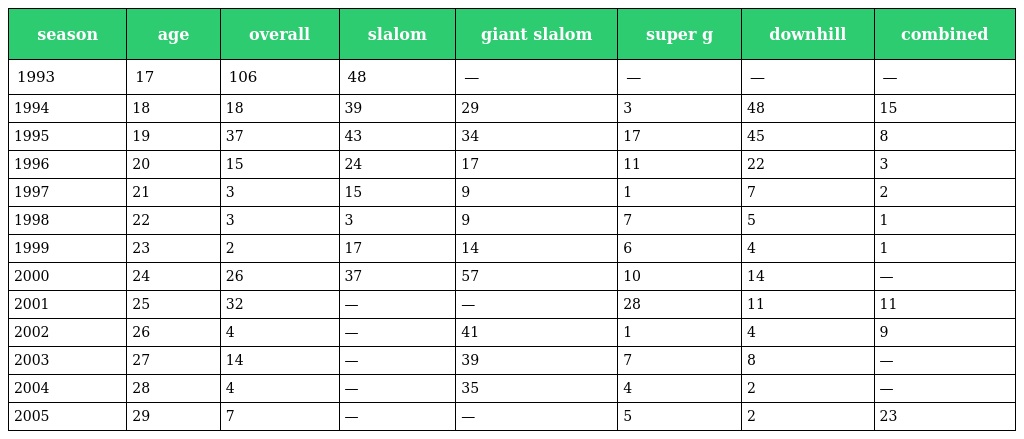
| season | age | overall | slalom | giant slalom | super g | downhill | combined |
 | --- | --- | --- | --- | --- | --- | --- | --- |
 | 1993 | 17 | 106 | 48 | — | — | — | — |
 | 1994 | 18 | 18 | 39 | 29 | 3 | 48 | 15 |
 | 1995 | 19 | 37 | 43 | 34 | 17 | 45 | 8 |
 | 1996 | 20 | 15 | 24 | 17 | 11 | 22 | 3 |
 | 1997 | 21 | 3 | 15 | 9 | 1 | 7 | 2 |
 | 1998 | 22 | 3 | 3 | 9 | 7 | 5 | 1 |
 | 1999 | 23 | 2 | 17 | 14 | 6 | 4 | 1 |
 | 2000 | 24 | 26 | 37 | 57 | 10 | 14 | — |
 | 2001 | 25 | 32 | — | — | 28 | 11 | 11 |
 | 2002 | 26 | 4 | — | 41 | 1 | 4 | 9 |
 | 2003 | 27 | 14 | — | 39 | 7 | 8 | — |
 | 2004 | 28 | 4 | — | 35 | 4 | 2 | — |
 | 2005 | 29 | 7 | — | — | 5 | 2 | 23 |